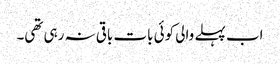
اب پہلے والی کوئی بات باقی نہ رہی تھی۔